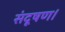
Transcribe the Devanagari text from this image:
संदूषण।